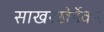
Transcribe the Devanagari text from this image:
साखरखेर्डेकर